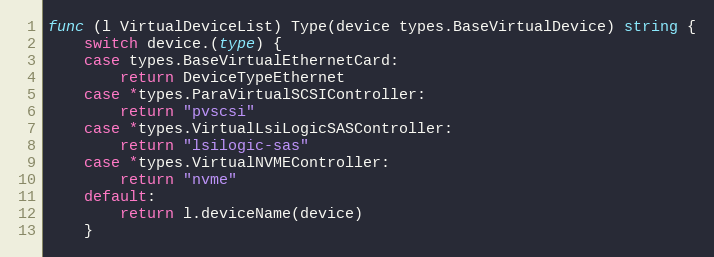
Language: Go
func (l VirtualDeviceList) Type(device types.BaseVirtualDevice) string {
	switch device.(type) {
	case types.BaseVirtualEthernetCard:
		return DeviceTypeEthernet
	case *types.ParaVirtualSCSIController:
		return "pvscsi"
	case *types.VirtualLsiLogicSASController:
		return "lsilogic-sas"
	case *types.VirtualNVMEController:
		return "nvme"
	default:
		return l.deviceName(device)
	}